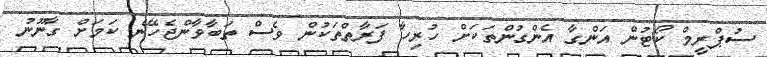
ސުޕްރީމް ކޯޓުން އަންގާ އެންގުންތަކަށް ހުރިހާ ފަރާތްތަކުން ވެސް ތަބާވާންޖެހޭނެ ކަމަށް ގާނޫނު